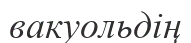
вакуольдің